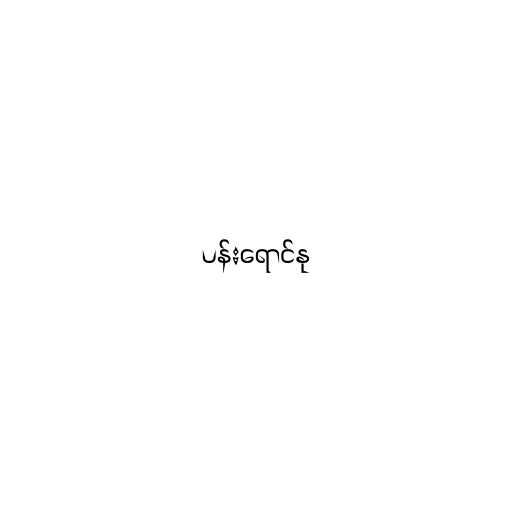
ပန်းရောင်နု